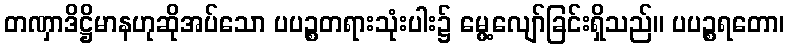
တဏှာဒိဋ္ဌိမာနဟုဆိုအပ်သော ပပဉ္စတရားသုံးပါး၌ မွေ့လျော်ခြင်းရှိသည်။ ပပဉ္စရတော၊